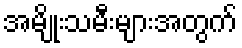
အမျိုးသမီးများအတွက်